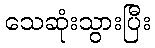
သေဆုံးသွားပြီး